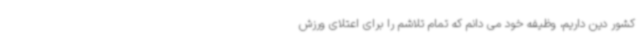
کشور دین داریم، وظیفه خود می دانم که تمام تلاشم را برای اعتلای ورزش